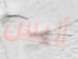
أليس